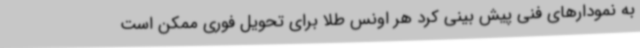
به نمودارهای فنی پیش بینی کرد هر اونس طلا برای تحویل فوری ممکن است